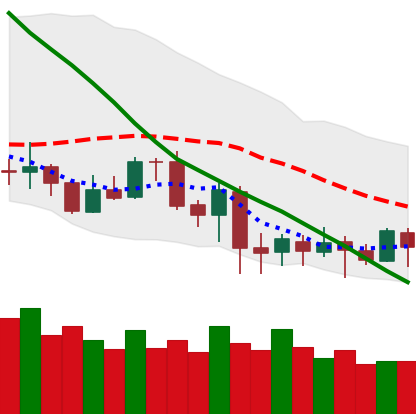
Ticker: LTC-USD
Chart end date: 2020-07-05
Forward return: 6.366%
Label: up_5_7